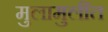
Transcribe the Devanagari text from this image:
मुलामुलींत